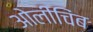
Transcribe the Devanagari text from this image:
ओलीचिंब